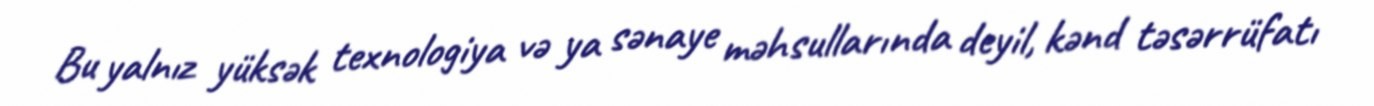
Bu yalnız yüksək texnologiya və ya sənaye məhsullarında deyil, kənd təsərrüfatı